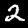
Digit: 2